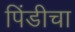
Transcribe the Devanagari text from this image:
पिंडीचा